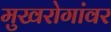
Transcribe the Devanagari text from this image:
मुखरोगांवर